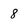
Character: 8